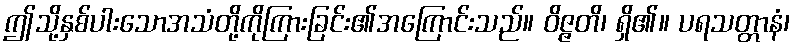
ဤသို့နှစ်ပါးသောအသံတို့ကိုကြားခြင်း၏အကြောင်းသည်။ ဝိဇ္ဇတိ၊ ရှိ၏။ ပရသတ္တာနံ၊